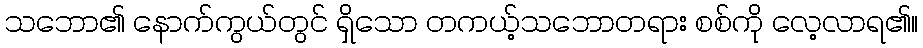
သဘော၏ နောက်ကွယ်တွင် ရှိသော တကယ့်သဘောတရား စစ်ကို လေ့လာရ၏။